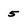
Character: 5